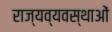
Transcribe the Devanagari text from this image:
राज्यव्यवस्थाओं